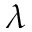
\lambda